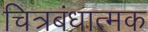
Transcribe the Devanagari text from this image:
चित्रबंधात्मक